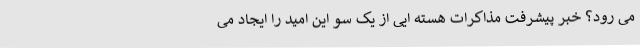
می رود؟ خبر پیشرفت مذاکرات هسته ایی از یک سو این امید را ایجاد می